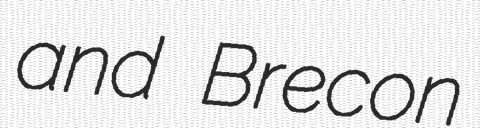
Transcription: and Brecon